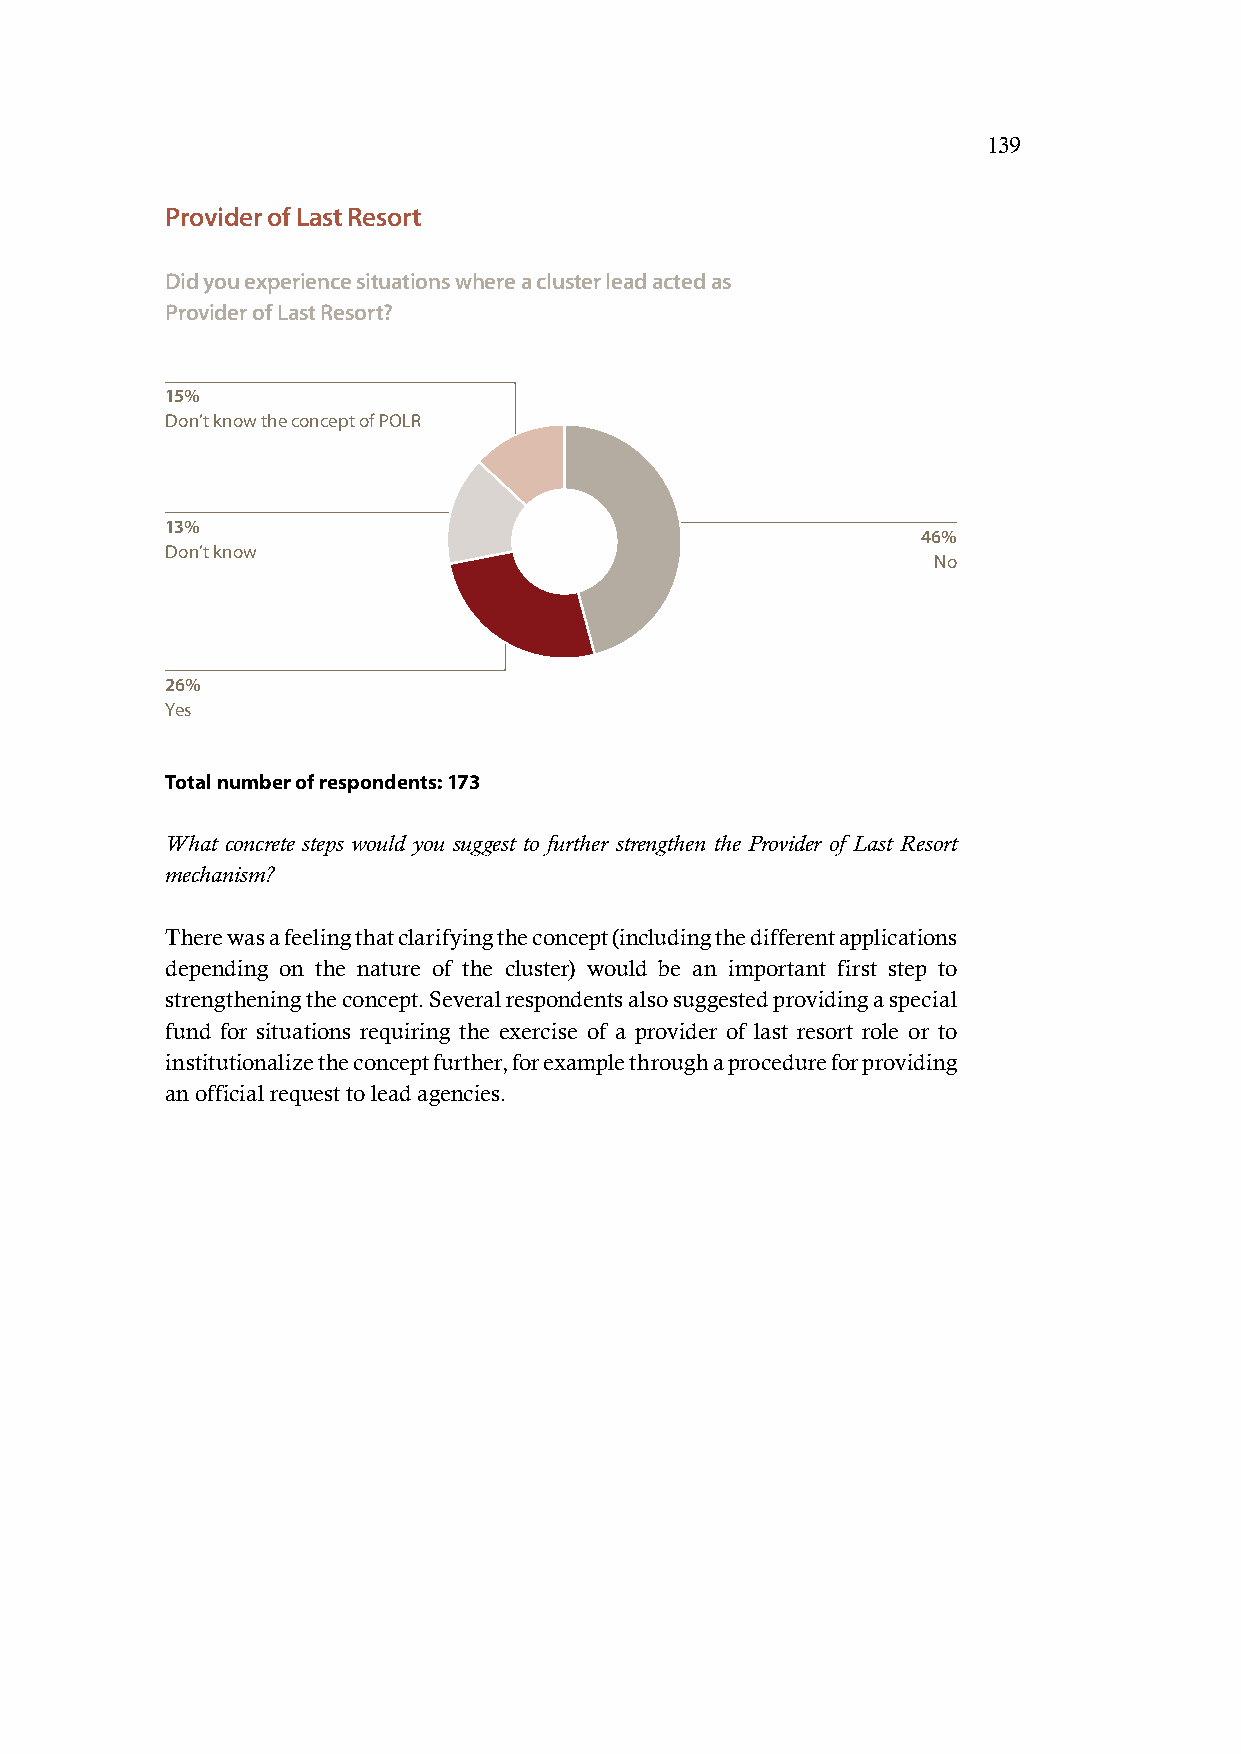
139
 Provider of Last Resort
 Did you experience situations where a cluster lead acted as
 Provider of Last Resort?
 15%
 Don’t know the concept of POLR
 13%
 46%
 Don’t know
 No
 26%
 Yes
 Total number of respondents: 173
 What concrete steps would you suggest to further strengthen the Provider of Last Resort
 mechanism?
 There was a feeling that clarifying the concept (including the different applications
 depending on the nature of the cluster) would be an important first step to
 strengthening the concept. Several respondents also suggested providing a special
 fund for situations requiring the exercise of a provider of last resort role or to
 institutionalize the concept further, for example through a procedure for providing
 an official request to lead agencies.